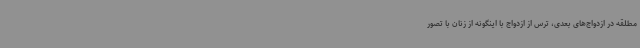
مطلقه در ازدواج‌های بعدی، ترس از ازدواج با اینگونه از زنان با تصور